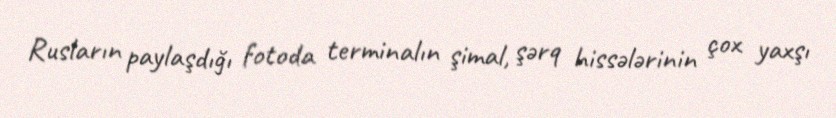
Rusların paylaşdığı fotoda terminalın şimal, şərq hissələrinin çox yaxşı